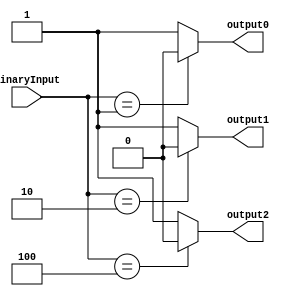
module OctalDecoder(
    input [7:0] binaryInput,
    output reg output0,
    output reg output1,
    output reg output2
);

always @(*)
begin
    case(binaryInput)
        8'b00000001: begin
            output0 = 0;
            output1 = 1;
            output2 = 1;
        end
        8'b00000010: begin
            output0 = 1;
            output1 = 0;
            output2 = 1;
        end
        8'b00000100: begin
            output0 = 1;
            output1 = 1;
            output2 = 0;
        end
        // Add more cases for the remaining outputs
        default: begin
            output0 = 1;
            output1 = 1;
            output2 = 1;
        end
    endcase
end

endmodule